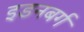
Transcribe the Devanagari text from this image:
इडनबर्ग